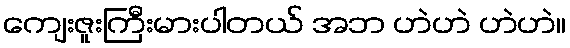
ကျေးဇူးကြီးမားပါတယ် အဘ ဟဲဟဲ ဟဲဟဲ။